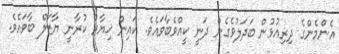
އެންމެންގެ ދިރިއުޅުން ބަދަލުވެގެން ދަނީ ކީއްވެބާވައެވެ. ކައިން ޚިޔާރު ކުރާނީ ޔާޒަލް ބާވައެވެ.